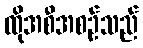
ထိုအစီအစဉ်သည်